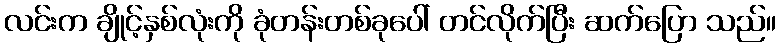
လင်းက ချိုင့်နှစ်လုံးကို ခုံတန်းတစ်ခုပေါ် တင်လိုက်ပြီး ဆက်ပြော သည်။